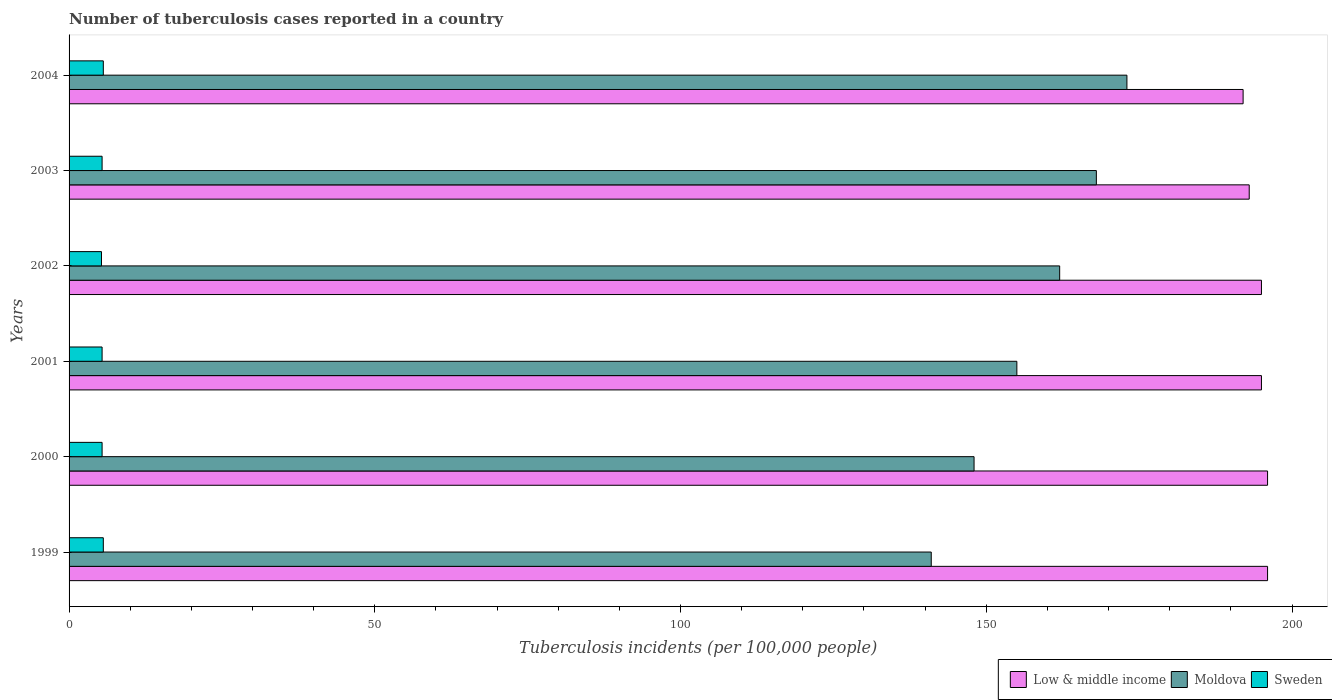
| Years | Low & middle income | Moldova | Sweden |
 | --- | --- | --- | --- |
 | 1999 | 196 | 141 | 5.6 |
 | 2000 | 196 | 148 | 5.4 |
 | 2001 | 195 | 155 | 5.4 |
 | 2002 | 195 | 162 | 5.3 |
 | 2003 | 193 | 168 | 5.4 |
 | 2004 | 192 | 173 | 5.6 |